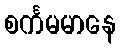
စင်္ကမမာနေ